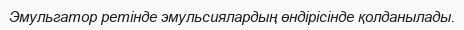
Эмульгатор ретінде эмульсиялардың өндірісінде қолданылады.